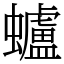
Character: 蠦